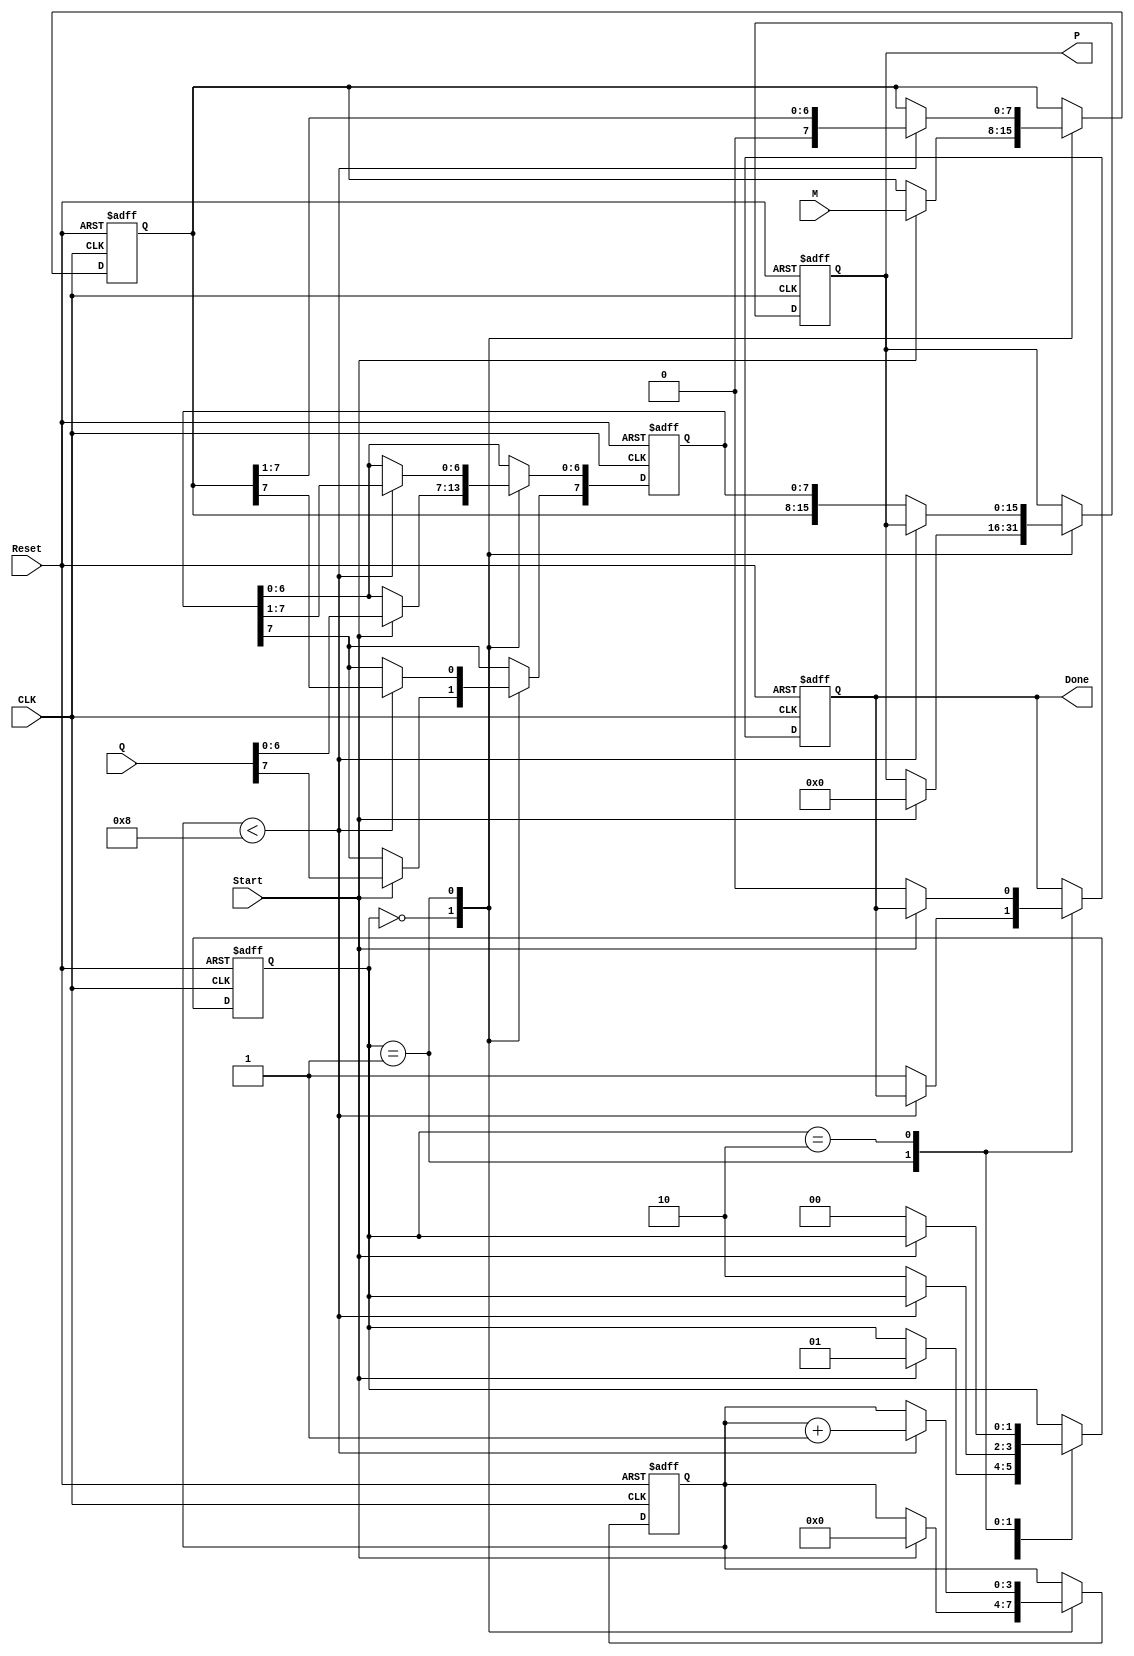
module BoothMultiplier #(parameter N = 8) (
    input wire [N-1:0] M,         // Multiplicand
    input wire [N-1:0] Q,         // Multiplier
    input wire Start,             // Control signal to start multiplication
    input wire CLK,               // Clock signal
    input wire Reset,             // Reset signal
    output reg [2*N-1:0] P,       // Product (2n bits)
    output reg Done               // Ready signal
);

    reg [N-1:0] A;                // A register
    reg [N-1:0] Q_reg;            // Q register
    reg Q_1;                      // Q-1 register
    reg [3:0] count;              // Counter for iterations
    reg [1:0] state;              // State for FSM

    localparam IDLE = 2'b00;
    localparam RUN  = 2'b01;
    localparam DONE = 2'b10;

    always @(posedge CLK or posedge Reset) begin
        if (Reset) begin
            A <= 0;
            Q_reg <= 0;
            Q_1 <= 0;
            P <= 0;
            Done <= 0;
            count <= 0;
            state <= IDLE;
        end else begin
            case (state)
                IDLE: begin
                    if (Start) begin
                        A <= M;                // Load multiplicand into A
                        Q_reg <= Q;            // Load multiplier into Q
                        Q_1 <= 0;              // Initialize Q-1
                        P <= 0;                // Clear product
                        count <= 0;           // Reset counter
                        state <= RUN;         // Move to RUN state
                    end
                end
                
                RUN: begin
                    if (count < N) begin
                        case ({Q_reg[0], Q_1}) // Check Q and Q-1
                            2'b01: A <= A + M; // Add M to A
                            2'b10: A <= A - M; // Subtract M from A
                            default: ;          // Do nothing
                        endcase

                        // Shift right A and Q
                        {A, Q_reg} <= {A, Q_reg} >> 1; // Arithmetic shift right
                        Q_reg[N-1] <= A[N-1];          // Maintain sign bit
                        Q_1 <= Q_reg[0];               // Update Q-1
                        count <= count + 1;            // Increment counter
                    end else begin
                        P <= {A, Q_reg};               // Combine A and Q for product
                        Done <= 1;                     // Set done signal
                        state <= DONE;                 // Move to DONE state
                    end
                end
                
                DONE: begin
                    if (!Start) begin
                        Done <= 0;                   // Clear done signal
                        state <= IDLE;               // Return to IDLE state
                    end
                end
            endcase
        end
    end
endmodule